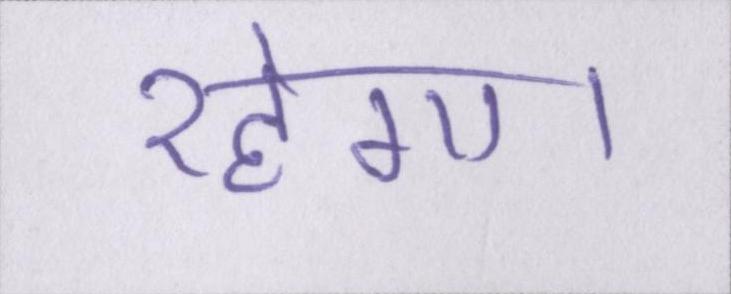
रहेगा।